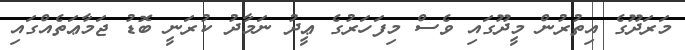
މަރަދޫގެ އިތުރުން މީދޫގައި ވެސް މިފަހަރުގެ ޢީދު ނަމާދު ކުރަނީ ބޮޑު ޖަމާޢަތެއްގައި